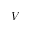
V